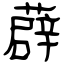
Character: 薜